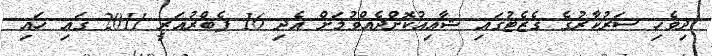
ދިވެހި ސަރުކާރުގެ ގެޒެޓުގައި ޝާއިއުކޮށްދެއްވުމަށް އެދި 16 ފެބްރުއަރީ 2011 ގައި ހައި